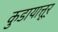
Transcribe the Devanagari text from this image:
कुडायात्तूर्